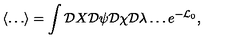
\left\langle \ldots \right\rangle = \int { \cal D } X { \cal D } \psi { \cal D } \chi { \cal D } \lambda \ldots e ^ { - { \cal L } _ { 0 } } ,